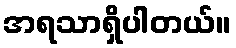
အရသာရှိပါတယ်။